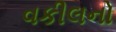
વકીલનો